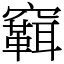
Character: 䇀